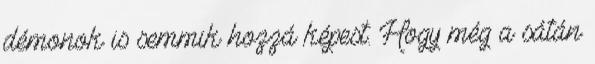
démonok is semmik hozzá képest. Hogy még a sátán